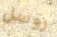
روسل